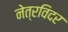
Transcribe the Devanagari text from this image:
नेत्रविदर